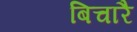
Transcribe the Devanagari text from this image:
बिचारै